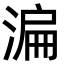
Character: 㴜